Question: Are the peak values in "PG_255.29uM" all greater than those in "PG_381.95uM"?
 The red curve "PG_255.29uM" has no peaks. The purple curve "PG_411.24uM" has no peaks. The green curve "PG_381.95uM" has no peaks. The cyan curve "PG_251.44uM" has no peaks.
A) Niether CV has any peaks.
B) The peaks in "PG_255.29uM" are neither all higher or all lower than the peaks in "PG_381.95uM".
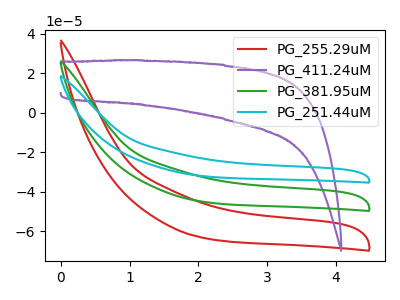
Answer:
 <answer>A) Niether CV has any peaks.</answer>
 <eval>A</eval>